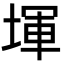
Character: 堚